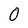
Character: 0